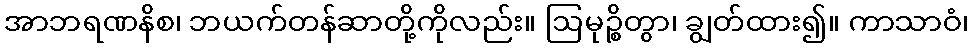
အာဘရဏနိစ၊ ဘယက်တန်ဆာတို့ကိုလည်း။ ဩမုဉ္စိတွာ၊ ချွတ်ထား၍။ ကာသာဝံ၊